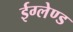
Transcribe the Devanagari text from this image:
ईग्‍लेण्‍ड